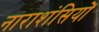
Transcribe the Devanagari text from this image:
नाराशंसियों